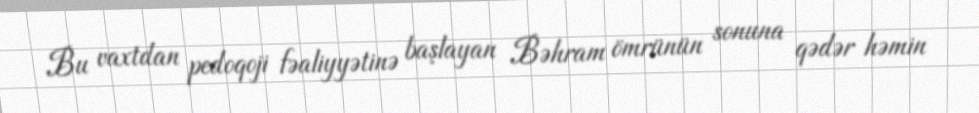
Bu vaxtdan pedoqoji fəaliyyətinə başlayan Bəhram ömrünün sonuna qədər həmin